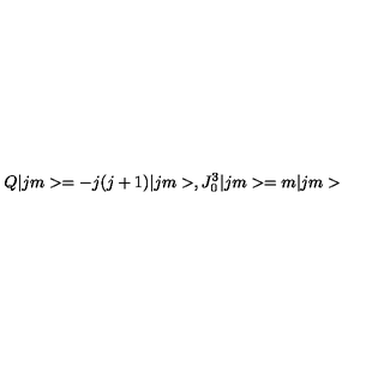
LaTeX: Q | j m > = - j ( j + 1 ) | j m > , J _ { 0 } ^ { 3 } | j m > = m | j m >